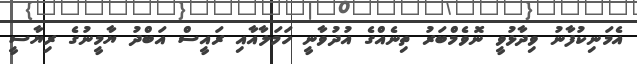
އެމަނިކުފާނު ވިދާޅުވީ ނޮވެމްބަރު ތިނެއްގެ އުދުވާނީ ހަމަލާއާއި ރައީސް އަބްދު ޔާމީނުގެ ރިޔާސީ